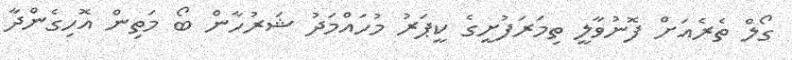
ގޯލް ތެރެއަށް ފޮނުވާލީ ތިމަރަފުށީގެ ކީޕަރު މުހައްމަދު ޝަރުހާން ބޯ މަތިން އޮހިގެންދާ